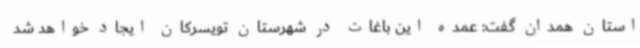
استان همدان گفت: عمده این باغات در شهرستان تویسرکان ایجاد خواهد شد